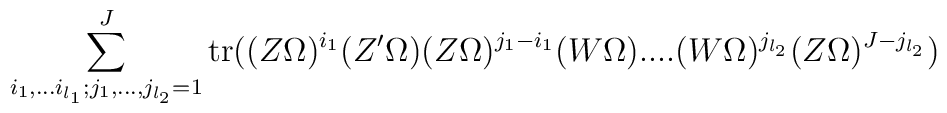
\sum _{i_1,...i_{l_1}; j_1,..., j_{l_2}=1}^J {\rm tr} ((Z\Omega)^{i_1} (Z '\Omega) (Z \Omega)^{j_1-i_1}(W \Omega)....(W\Omega)^ {j_{l_2}}(Z \Omega)^{J-j_{l_2}})